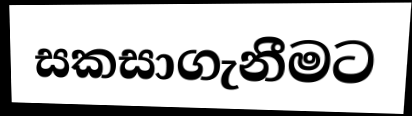
සකසාගැනීමට